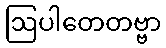
ဩပါတေတဗ္ဗာ